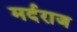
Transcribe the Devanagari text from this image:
मर्दराज